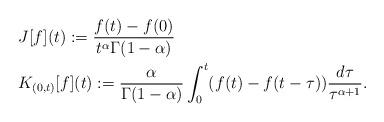
LaTeX: \begin{align*}&J[f](t):=\frac{f(t)-f(0)}{t^\alpha\Gamma(1-\alpha)}\quad\\&K_{(0,t)}[f](t):=\frac{\alpha}{\Gamma(1-\alpha)}\int_0^t (f(t)-f(t-\tau))\frac{d\tau}{\tau^{\alpha+1}}.\end{align*}